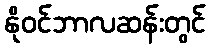
နိုဝင်ဘာလဆန်းတွင်